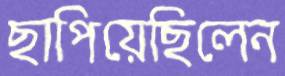
ছাপিয়েছিলেন